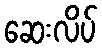
ဆေးလိပ်